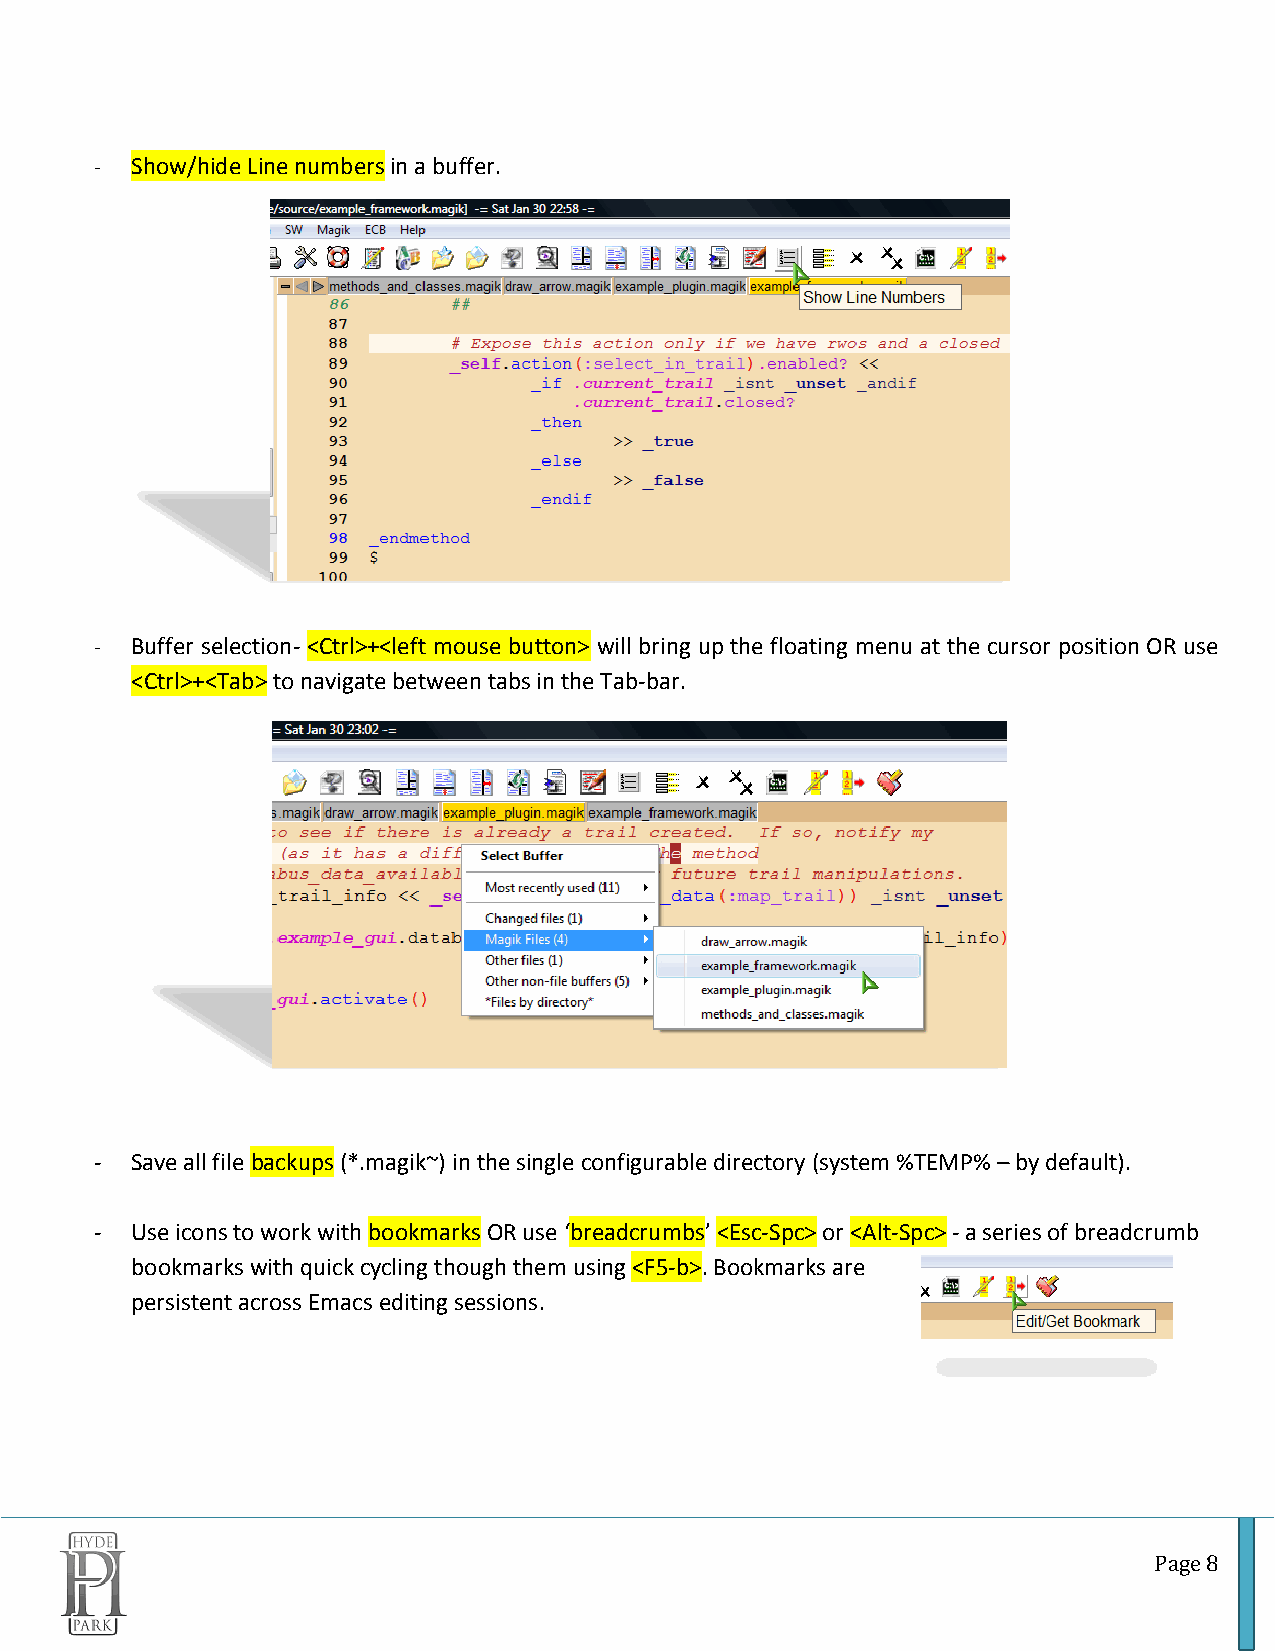
-  Show/hide Line numbers in a buffer.
 -  Buffer selection- <Ctrl>+<left mouse button> will bring up the floating menu at the cursor position OR use
 <Ctrl>+<Tab> to navigate between tabs in the Tab-bar.
 -  Save all file backups (*.magik~) in the single configurable directory (system %TEMP% – by default).
 -  Use icons to work with bookmarks OR use ‘breadcrumbs’ <Esc-Spc> or <Alt-Spc> - a series of breadcrumb
 bookmarks with quick cycling though them using <F5-b>. Bookmarks are
 persistent across Emacs editing sessions.
 Page 8